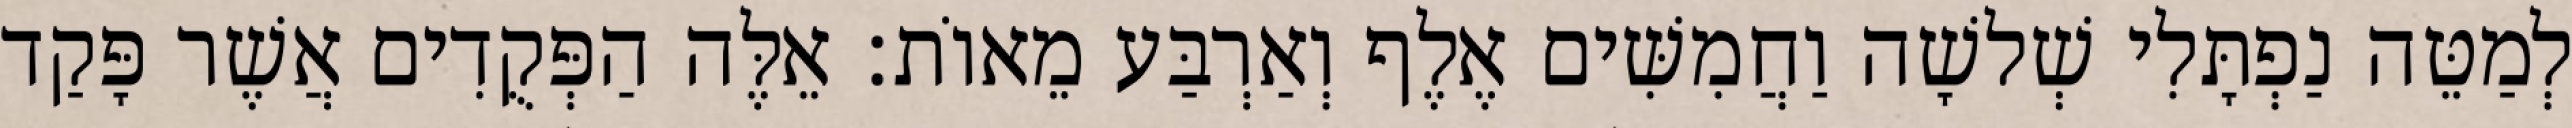
לְמַטֵּה נַפְתָּלִי שְׁלשָׁה וַחֲמִשִּׁים אֶלֶף וְאַרְבַּע מֵאוֹת׃ אֵלֶּה הַפְּקֻדִים אֲשֶׁר פָּקַד